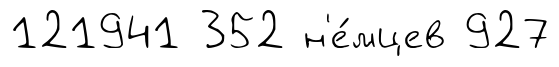
121941 352 н'е́мцев 927